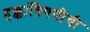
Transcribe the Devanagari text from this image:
हक्कांविषयीची